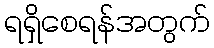
ရရှိစေရန်အတွက်